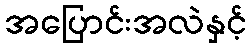
အပြောင်းအလဲနှင့်